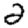
Digit: 2